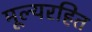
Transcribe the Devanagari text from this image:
मूल्यरहित